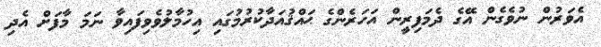
އެވަރުން ނުވެގެން އޭގެ ދެމަފިރީން އަހަރެންގެ ޙައްޤުއަދާކުރުމުގައި އިހުމާލުވެވިފައިވާ ނަމަ މާފަށް އެދި